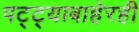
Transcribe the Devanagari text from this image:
पट्ट्याबाहेरही